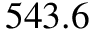
5 4 3 . 6